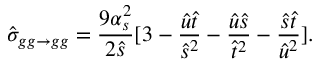
\hat { \sigma } _ { g g \rightarrow g g } = { \frac { 9 \alpha _ { s } ^ { 2 } } { 2 \hat { s } } } [ 3 - { \frac { \hat { u } \hat { t } } { \hat { s } ^ { 2 } } } - { \frac { \hat { u } \hat { s } } { \hat { t } ^ { 2 } } } - { \frac { \hat { s } \hat { t } } { \hat { u } ^ { 2 } } } ] . \nonumber